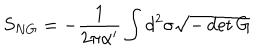
S _ { N G } = - { \frac { 1 } { 2 \pi \alpha ^ { \prime } } } \int d ^ { 2 } \sigma \sqrt { - \det G }